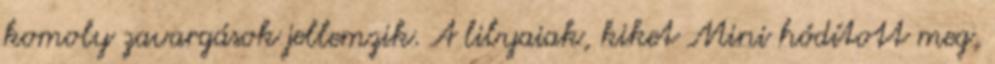
komoly zavargások jellemzik. A libyaiak, kiket Mini hódított meg,